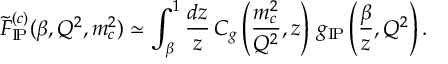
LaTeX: \tilde { F } _ { \mathrm { I \! P } } ^ { ( c ) } ( \beta , Q ^ { 2 } , m _ { c } ^ { 2 } ) \simeq \int _ { \beta } ^ { 1 } \frac { d z } { z } \, C _ { g } \left( \frac { m _ { c } ^ { 2 } } { Q ^ { 2 } } , z \right) \, g _ { \mathrm { I \! P } } \left( \frac { \beta } { z } , Q ^ { 2 } \right) .